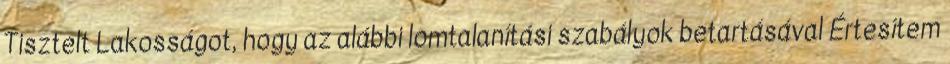
Tisztelt Lakosságot, hogy az alábbi lomtalanítási szabályok betartásával Értesítem